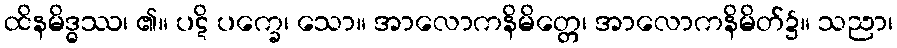
ထိနမိဒ္ဓဿ၊ ၏။ ပဋိ ပက္ခေ၊ သော။ အာလောကနိမိတ္တေ၊ အာလောကနိမိတ်၌။ သညာ၊